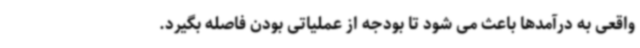
واقعی به درآمدها باعث می شود تا بودجه از عملیاتی بودن فاصله بگیرد.